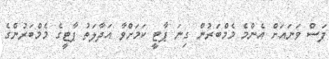
ފަސް ވަނައަށް އެންމެ މެމްބަރުން ގިނަ ޕާޓީ ކަމަށްވާ އަދާލަތު ޕާޓީގެ މެމްބަރުންގެ